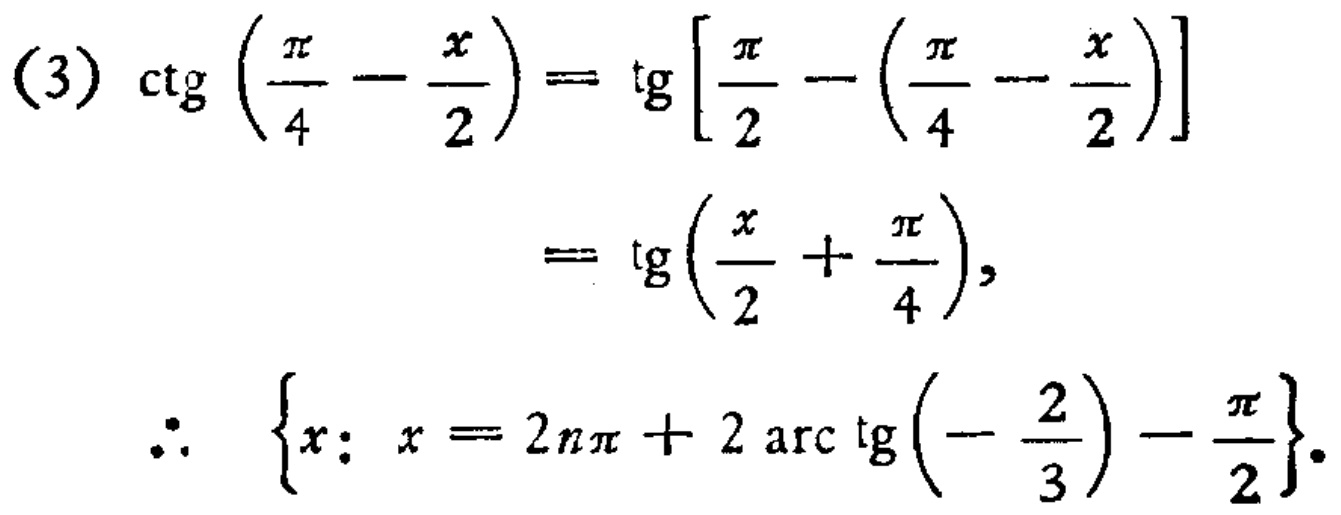
\((3)\ \mathrm{ctg}\left(\frac{\pi}{4}-\frac{x}{2}\right)=\mathrm{tg}\left[\frac{\pi}{2}-\left(\frac{\pi}{4}-\frac{x}{2}\right)\right]\\
=\mathrm{tg}\left(\frac{x}{2}+\frac{\pi}{4}\right),\\
\therefore\ \left\{x: x = 2n\pi+2\ \mathrm{arc}\ \mathrm{tg}\left(-\frac{2}{3}\right)-\frac{\pi}{2}\right\}.\)